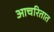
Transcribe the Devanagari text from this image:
आचरितात